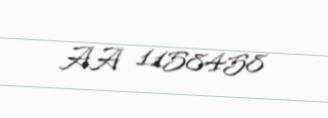
AA 1158458